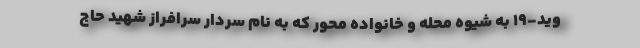
وید-۱۹ به شیوه محله و خانواده محور که به نام سردار سرافراز شهید حاج